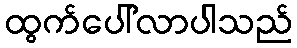
ထွက်ပေါ်လာပါသည်